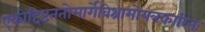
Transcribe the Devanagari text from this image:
एकोद्दिष्टंततोमार्गेविश्रामोयत्रकारितः